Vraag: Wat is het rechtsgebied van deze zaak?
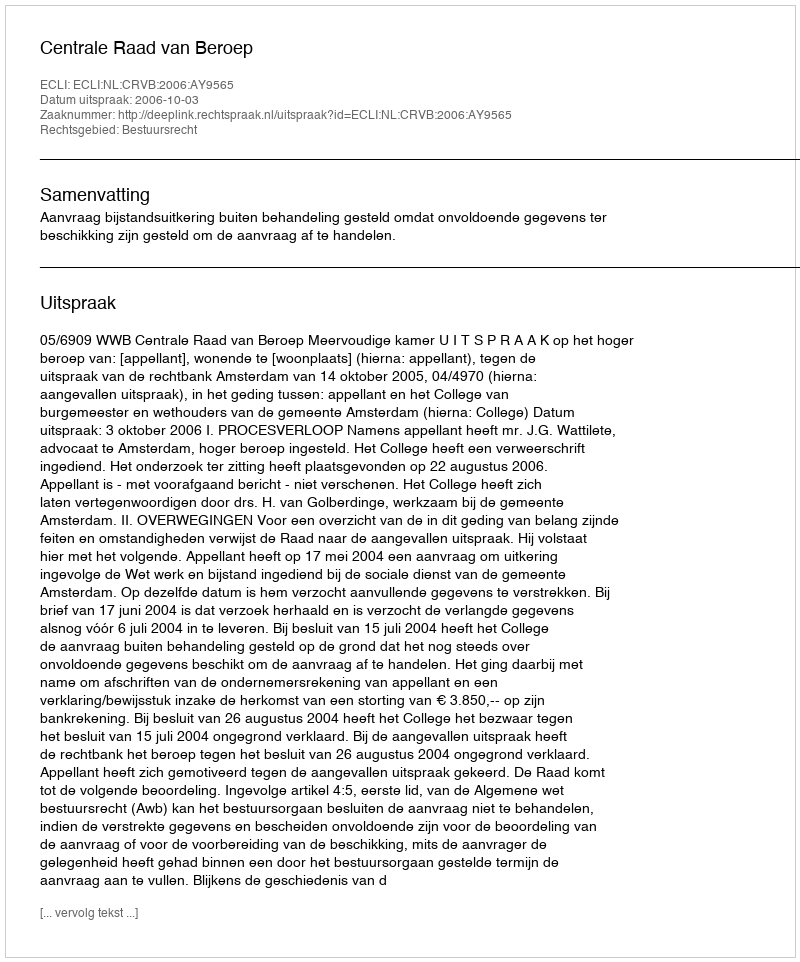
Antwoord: Bestuursrecht